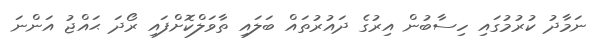
ނަމާދު ކުރުމުގައި ހިސާބުން އިރުގެ ދައުރުތައް ބަލައި ތާވަލްކޮށްފައި ރޯދަ ޙައްޖު އަންނަ